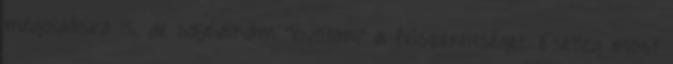
megoldásra is, de sajnálnám "butítani" a felszereltséget. Esetleg most